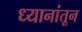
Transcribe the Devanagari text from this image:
ध्यानांतून